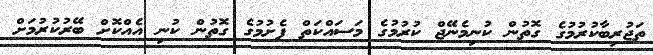
ތަޖުރިބާކުރުމުގެ ގޮތުން ކުނިމެނޭޖް ކުރުމުގެ މަސައްކަތް ފެށުމުގެ ގޮތުން ކުނި އެއްކޮށް ބޭރުކުރުމަށް